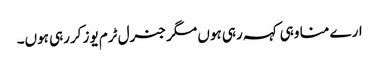
ارے منا وہی کہہ رہی ہوں مگر جنرل ٹرم یوز کررہی ہوں۔